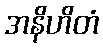
အနိဟိတံ